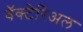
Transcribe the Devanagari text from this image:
बॅक्टेरिअल